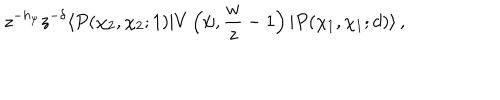
z ^ { - h _ { \psi } } z ^ { - \delta } \langle P ( \chi _ { 2 } , \chi _ { 2 } ; 1 ) | V \left( \psi , { \frac { w } { z } } - 1 \right) | P ( \chi _ { 1 } , \chi _ { 1 } ; d ) \rangle \, ,